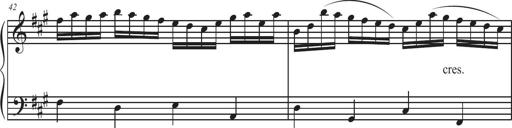
Title: Sonatina Espania
Composer: Jerald Franklin Archer
Key: Various